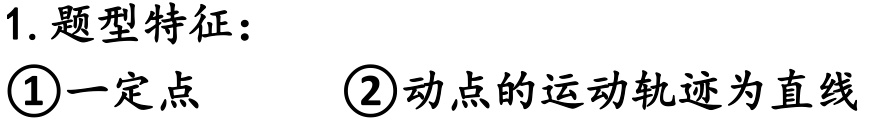
1. 题型特征：
\textcircled{1}一定点 \quad \textcircled{2}动点的运动轨迹为直线